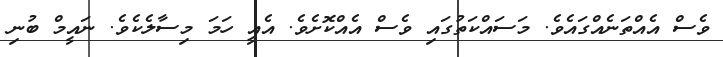
ވެސް އެއްތަނެއްގައެވެ. މަސައްކަތުގައި ވެސް އެއްކޮށެވެ. އެއީ ހަމަ މިސާލެކެވެ. ނައީމް ބުނި